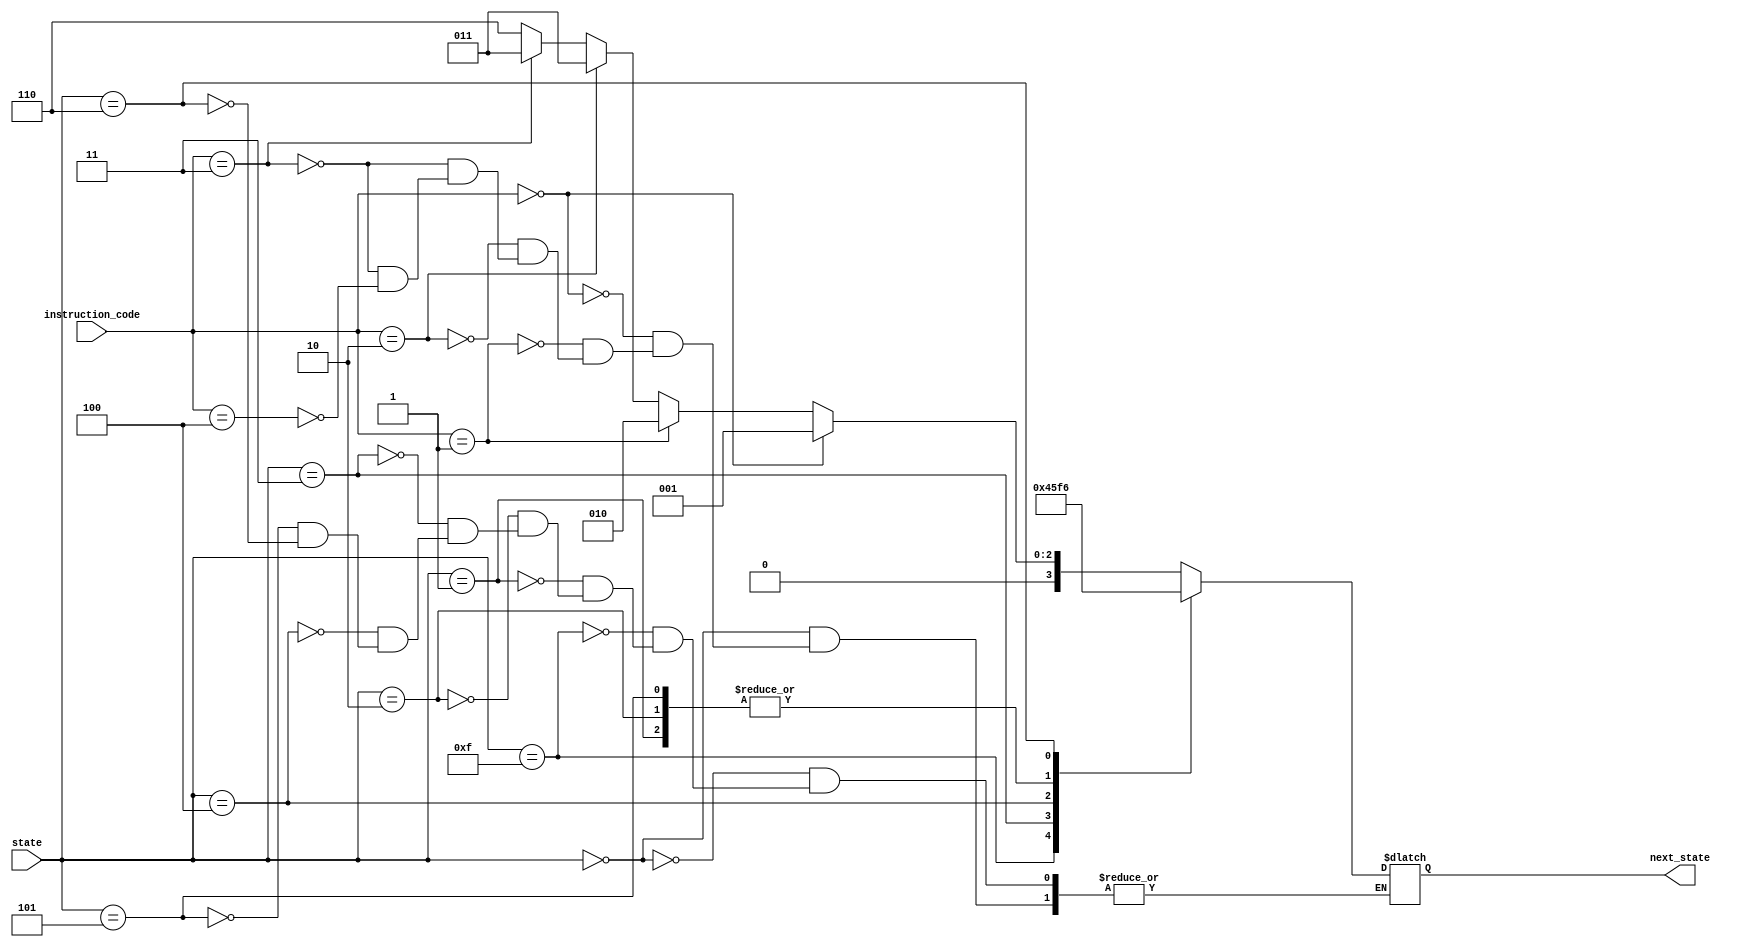
module next_state(instruction_code, state, next_state);
	input [2:0] instruction_code;
	input [3:0] state;
	output reg [3:0] next_state;
	
	// Define the states
	parameter START = 4'b0000;
	parameter LOAD = 4'b0001;
	parameter MOVE = 4'b0010;
	parameter ALU = 4'b0011;
	parameter ALU2 = 4'b0100;
	parameter ALU3 = 4'b0101;
	parameter TERM = 4'b0110;
	parameter DONE = 4'b1111;

	// Define instructions
	parameter ins_LOAD = 3'b000;
	parameter ins_MOVE = 3'b001;
	parameter ins_ADD = 3'b010;
	parameter ins_XOR = 3'b011;
	parameter ins_TERM = 3'b100;

	always @ (state) begin
		case(state)
			START: begin
				if (instruction_code == ins_LOAD) begin
					next_state <= LOAD;
				end
				else if (instruction_code == ins_MOVE) begin
					next_state <= MOVE;
				end
				else if (instruction_code == ins_ADD) begin
					next_state <= ALU;
				end
				else if (instruction_code == ins_XOR) begin
					next_state <= ALU;
				end
				else if (instruction_code == ins_XOR) begin
					next_state <= START; // ADD PROPER STATE LATER!!!
				end
				else if (instruction_code == ins_TERM) begin
					next_state <= TERM;
				end
			end
			DONE: begin
				next_state <= START;
			end

			LOAD: begin
				next_state <= DONE;
			end

			MOVE: begin
				next_state <= DONE;
			end

			ALU: begin
				next_state <= ALU2;
			end

			ALU2: begin
				next_state <= ALU3;
			end

			ALU3: begin
				next_state <= DONE;
			end
			TERM: begin
				next_state <= TERM;
			end
		endcase 
	end
endmodule